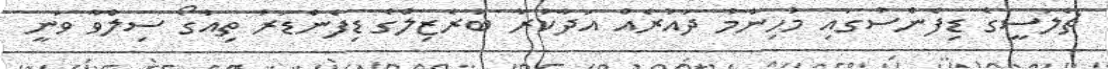
ޗެލަސީގެ ޑިފެންސުގައި މުހިންމު ދައުރެއް އަދާކުރާ ބުރެޒިލްގެ ޑިފެންޑަރު ތިއާގޯ ސިލްވާ ވަނީ